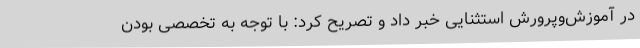
در آموزش‌وپرورش استثنایی خبر داد و تصریح کرد: با توجه به تخصصی بودن